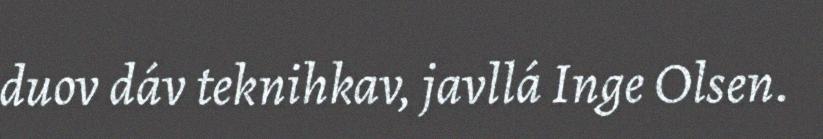
duov dáv teknihkav, javllá Inge Olsen.